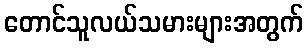
တောင်သူလယ်သမားများအတွက်